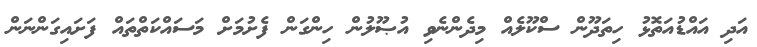
އަދި އައްޑުއަތޮޅު ހިތަދޫން ސްކޫލެއް މިދެންނެވި އުޞޫލުން ހިންގަން ފެށުމަށް މަސައްކަތްތައް ފަށައިގަންނަން